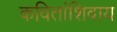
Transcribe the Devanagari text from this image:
कवितांशिवाय